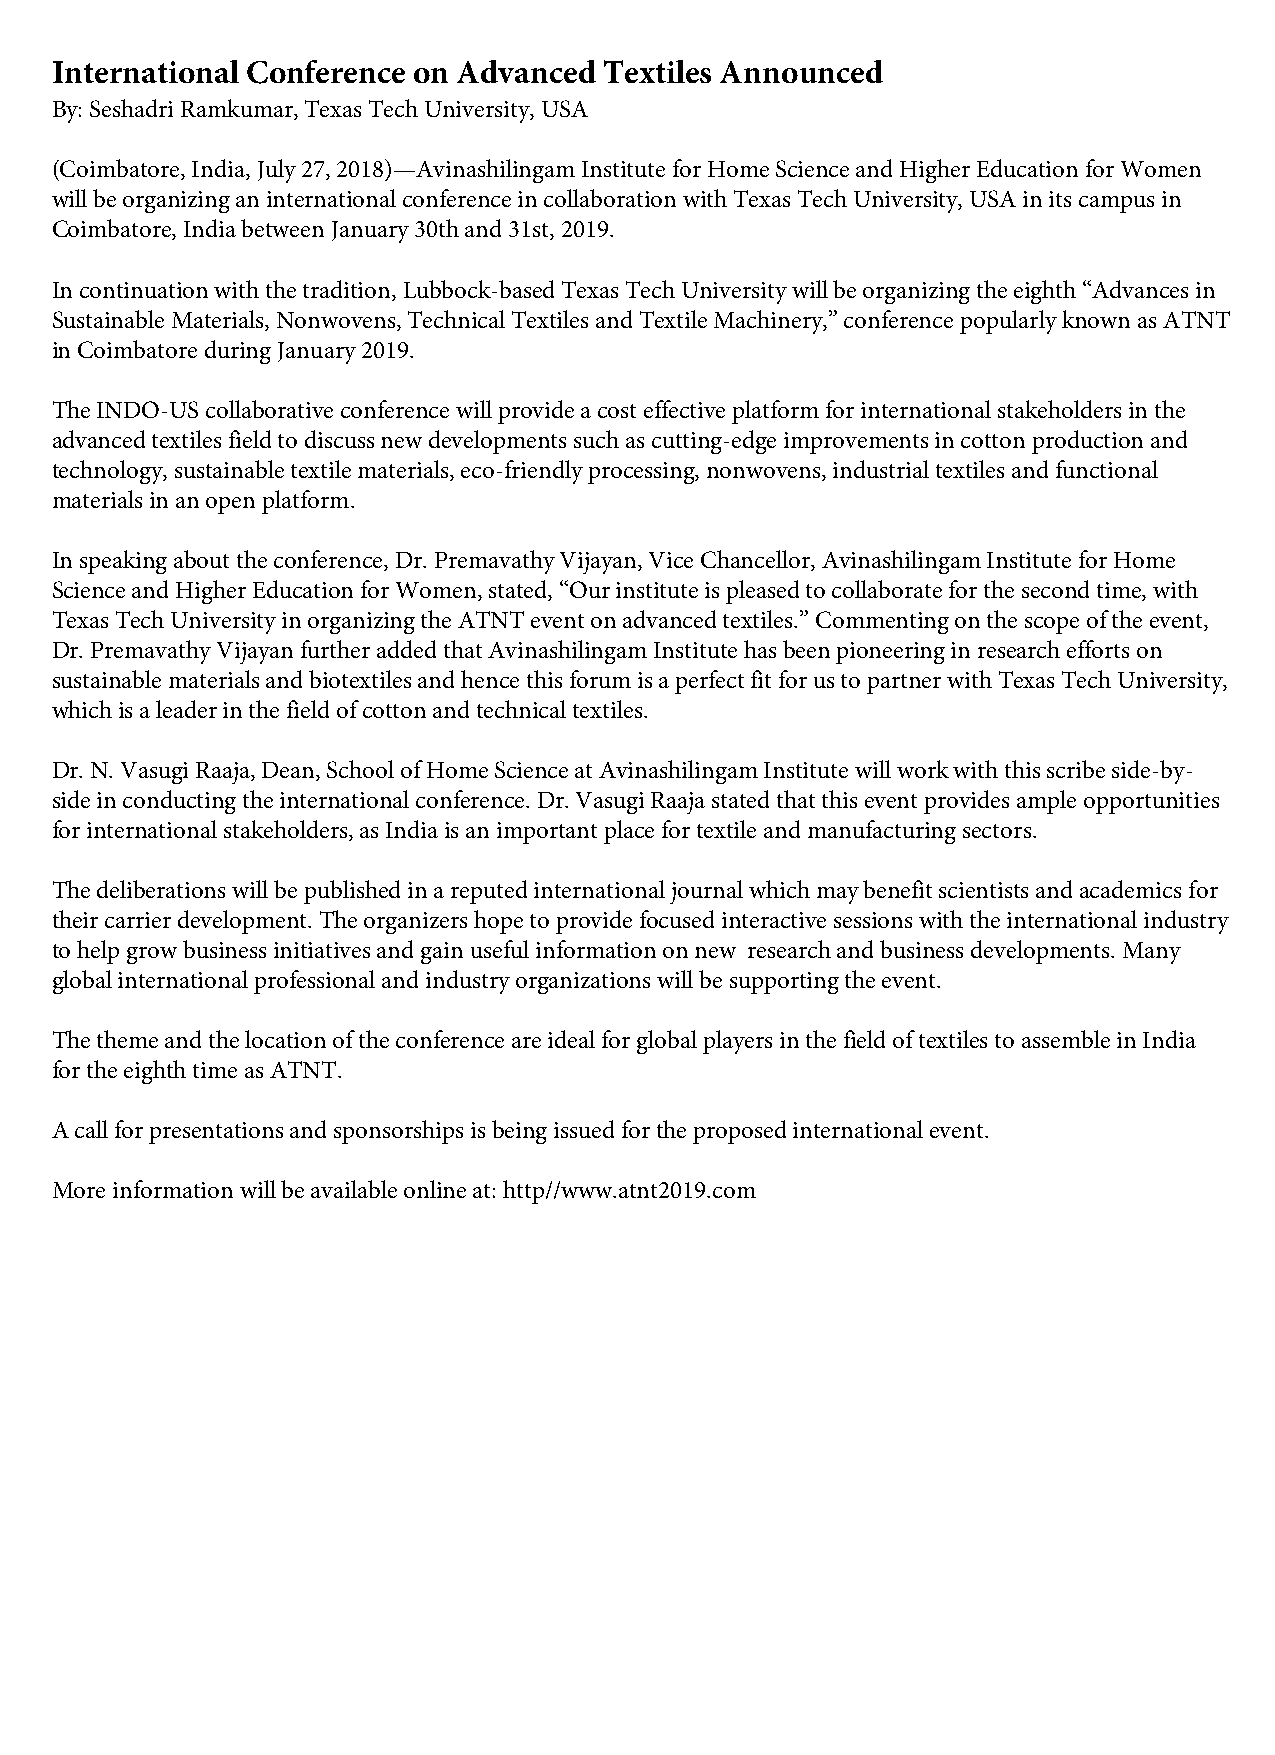
International Conference on Advanced Textiles Announced
 By: Seshadri Ramkumar, Texas Tech University, USA
 (Coimbatore, India, July 27, 2018)—Avinashilingam Institute for Home Science and Higher Education for Women
 will be organizing an international conference in collaboration with Texas Tech University, USA in its campus in
 Coimbatore, India between January 30th and 31st, 2019.
 In continuation with the tradition, Lubbock-based Texas Tech University will be organizing the eighth “Advances in
 Sustainable Materials, Nonwovens, Technical Textiles and Textile Machinery,” conference popularly known as ATNT
 in Coimbatore during January 2019.
 The INDO-US collaborative conference will provide a cost effective platform for international stakeholders in the
 advanced textiles field to discuss new developments such as cutting-edge improvements in cotton production and
 technology, sustainable textile materials, eco-friendly processing, nonwovens, industrial textiles and functional
 materials in an open platform.
 In speaking about the conference, Dr. Premavathy Vijayan, Vice Chancellor, Avinashilingam Institute for Home
 Science and Higher Education for Women, stated, “Our institute is pleased to collaborate for the second time, with
 Texas Tech University in organizing the ATNT event on advanced textiles.” Commenting on the scope of the event,
 Dr. Premavathy Vijayan further added that Avinashilingam Institute has been pioneering in research efforts on
 sustainable materials and biotextiles and hence this forum is a perfect fit for us to partner with Texas Tech University,
 which is a leader in the field of cotton and technical textiles.
 Dr. N. Vasugi Raaja, Dean, School of Home Science at Avinashilingam Institute will work with this scribe side-by-
 side in conducting the international conference. Dr. Vasugi Raaja stated that this event provides ample opportunities
 for international stakeholders, as India is an important place for textile and manufacturing sectors.
 The deliberations will be published in a reputed international journal which may benefit scientists and academics for
 their carrier development. The organizers hope to provide focused interactive sessions with the international industry
 to help grow business initiatives and gain useful information on new research and business developments. Many
 global international professional and industry organizations will be supporting the event.
 The theme and the location of the conference are ideal for global players in the field of textiles to assemble in India
 for the eighth time as ATNT.
 A call for presentations and sponsorships is being issued for the proposed international event.
 More information will be available online at: http//www.atnt2019.com